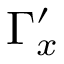
\Gamma _ { x } ^ { \prime }